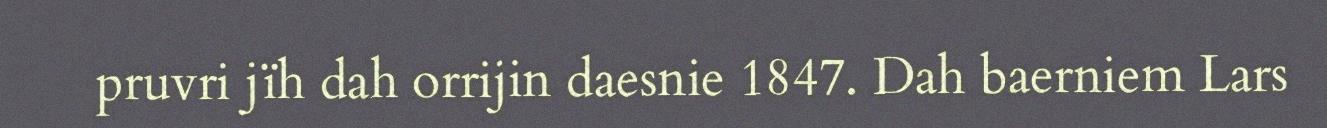
pruvri jïh dah orrijin daesnie 1847. Dah baerniem Lars